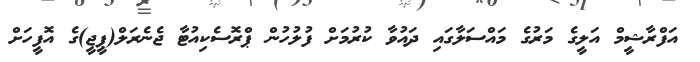
އަފްރާޝީމް އަލީގެ މަރުގެ މައްސަލާގައި ދައުވާ ކުރުމަށް ފުލުހުން ޕްރޮސެކިއުޓާ ޖެނެރަލް(ޕީޖީ)ގެ އޮފީހަށް